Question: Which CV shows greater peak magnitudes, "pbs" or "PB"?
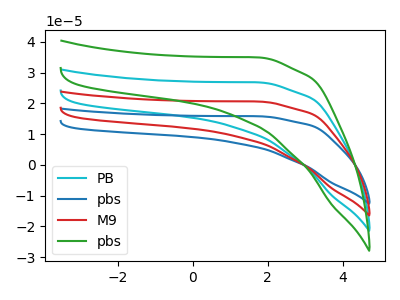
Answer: <think>The cyan curve "PB" has no peaks. The blue curve "pbs" has no peaks. The red curve "M9" has no peaks. The green curve "pbs" has no peaks.</think>
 <answer>Niether CV has any peaks.</answer>
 <eval>blanks</eval>